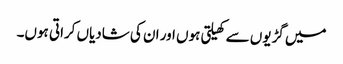
میں گڑیوں سے کھیلتی ہوں اور ان کی شادیاں کراتی ہوں۔